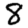
Digit: 8